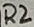
Text: R2